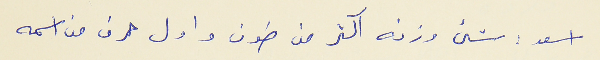
اسعد : شىء وزنه اكثر من طون واول حرف من اسمه